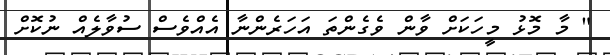
" މާ މޮޅު މީހަކަށް ވާން ވެގެންތަ އަހަރެންނާ އެއްވެސް ސުވާލެއް ނުކޮށް